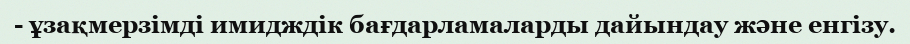
- ұзақмерзімді имидждік бағдарламаларды дайындау және енгізу.